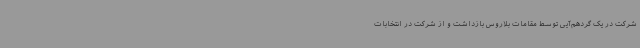
شرکت در یک گردهم‌آیی توسط مقامات بلاروس بازداشت و از شرکت در انتخابات